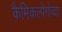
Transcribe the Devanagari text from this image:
कैमिकल्पेगोव्दा